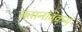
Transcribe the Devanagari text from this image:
संतानविक्रय